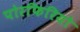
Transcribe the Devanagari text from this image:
पोरफिरियो